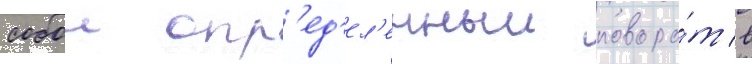
собои опр'ед'ел'енныи поворо́т в